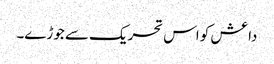
داعش کو اس تحریک سے جوڑے۔